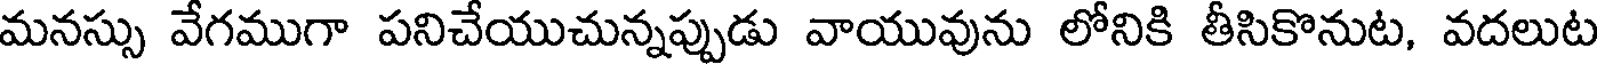
మనస్సు వేగముగా పనిచేయుచున్నప్పుడు వాయువును లోనికి తీసికొనుట, వదలుట